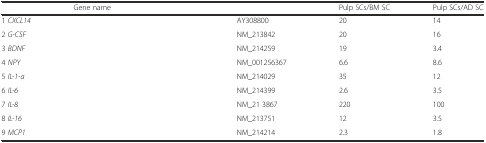
<table><thead><tr><td>[EMPTY_CELL]</td><td><b>Gene name</b></td><td>[EMPTY_CELL]</td><td><b>Pulp SCs/BM SC</b></td><td><b>Pulp SCs/AD SC</b></td></tr></thead><tbody><tr><td>1 <i>CXCL14</i></td><td>[EMPTY_CELL]</td><td>AY308800</td><td>20</td><td>14</td></tr><tr><td>2 <i>G-CSF</i></td><td>[EMPTY_CELL]</td><td>NM_213842</td><td>20</td><td>16</td></tr><tr><td>3 <i>BDNF</i></td><td>[EMPTY_CELL]</td><td>NM_214259</td><td>19</td><td>3.4</td></tr><tr><td>4 <i>NPY</i></td><td>[EMPTY_CELL]</td><td>NM_001256367</td><td>6.6</td><td>8.6</td></tr><tr><td>5 <i>IL-1-a</i></td><td>[EMPTY_CELL]</td><td>NM_214029</td><td>35</td><td>12</td></tr><tr><td>6 <i>IL-6</i></td><td>[EMPTY_CELL]</td><td>NM_214399</td><td>2.6</td><td>3.5</td></tr><tr><td>7 <i>IL-8</i></td><td>[EMPTY_CELL]</td><td>NM_21 3867</td><td>220</td><td>100</td></tr><tr><td>8 <i>IL-16</i></td><td>[EMPTY_CELL]</td><td>NM_213751</td><td>12</td><td>3.5</td></tr><tr><td>9 <i>MCP1</i></td><td>[EMPTY_CELL]</td><td>NM_214214</td><td>2.3</td><td>1.8</td></tr></tbody></table>